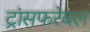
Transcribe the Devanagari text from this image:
ट्रांसफरेबल